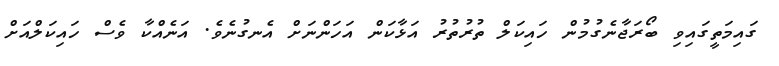
ގައިމަތީގައިވި ބޯރަޖާނެގުމުން ހައިކަލް ތުރުތުރު އަޅާކަން އަހަންނަށް އެނގުނެވެ. އަނެއްކާ ވެސް ހައިކަލްއަށް